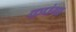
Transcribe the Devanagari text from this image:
कपंगा